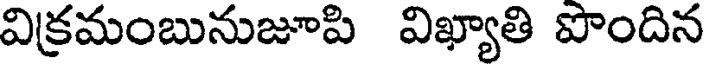
విక్రమంబునుజూపి విఖ్యాతి పొందిన